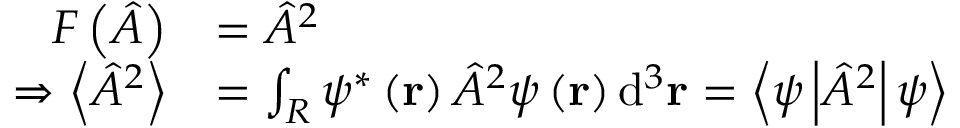
{ \begin{array} { r l } { F \left( { \hat { A } } \right) } & { = { \hat { A } } ^ { 2 } } \\ { \Rightarrow \left\langle { \hat { A } } ^ { 2 } \right\rangle } & { = \int _ { R } \psi ^ { * } \left( \mathbf { r } \right) { \hat { A } } ^ { 2 } \psi \left( \mathbf { r } \right) \mathrm { d } ^ { 3 } \mathbf { r } = \left\langle \psi \left\vert { \hat { A } } ^ { 2 } \right\vert \psi \right\rangle } \end{array} } \,